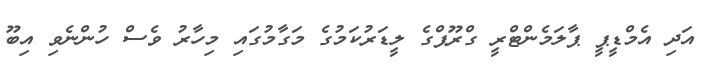
އަދި އެމްޑީޕީ ޕާލަމެންޓްރީ ގްރޫޕްގެ ލީޑަރުކަމުގެ މަގާމުގައި މިހާރު ވެސް ހުންނެވި އިބޫ